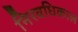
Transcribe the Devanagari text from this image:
निरवधिकाल